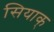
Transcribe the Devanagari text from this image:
सियाक्